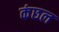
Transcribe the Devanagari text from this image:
कंछल